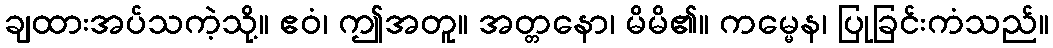
ချထားအပ်သကဲ့သို့။ ဧဝံ၊ ဤအတူ။ အတ္တနော၊ မိမိ၏။ ကမ္မေန၊ ပြုခြင်းကံသည်။